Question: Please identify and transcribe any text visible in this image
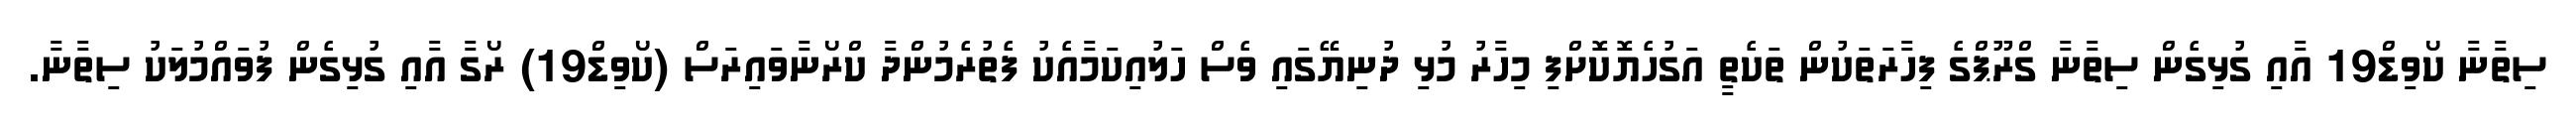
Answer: ސިތާނާ ކޯވިޑް19 އާއި ގުޅިގެން ސިތާނާ ގްރޫޕްގެ ފިހާރަތަކުން ތަކެތީ އަގުހެޔޮކޮށްފި މިހާރު މުޅި ދުނިޔޭގައި ވެސް ހަލުއިކަމާއެކު ފެތުރެމުންދާ ކްރޯނާވައިރަސް (ކޯވިޑް19) ރޯގާ އާއި ގުޅިގެން ފުވައްމުލަކު ސިތާނާ.